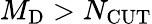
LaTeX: M_{\mathrm{D}}>N_{\textrm{CUT}}